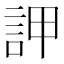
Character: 䛅